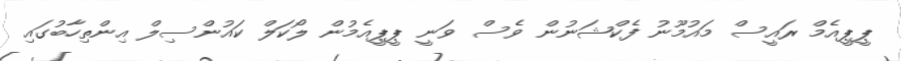
ޕީޕީއެމް ރައީސް މައުމޫނު ފެކްޝަނުން ވެސް ވަނީ ޕީޕީއެމުން ލޯކަލް ކައުންސިލް އިންތިހާބުގައި